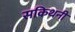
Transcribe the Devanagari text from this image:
सकिथनी